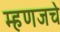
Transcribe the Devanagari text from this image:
म्हणजचे